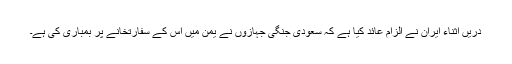
دریں اثناء ایران نے الزام عائد کیا ہے کہ سعودی جنگی جہازوں نے یمن میں اس کے سفارتخانے پر بمباری کی ہے۔